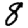
Digit: 8